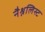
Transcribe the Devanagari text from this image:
नैश्नलिस्ट